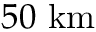
5 0 ~ \mathrm { k m }